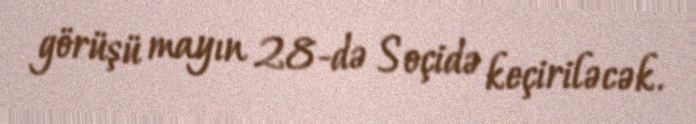
görüşü mayın 28-də Soçidə keçiriləcək.